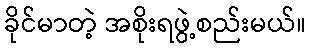
ခိုင်မာတဲ့ အစိုးရဖွဲ့စည်းမယ်။